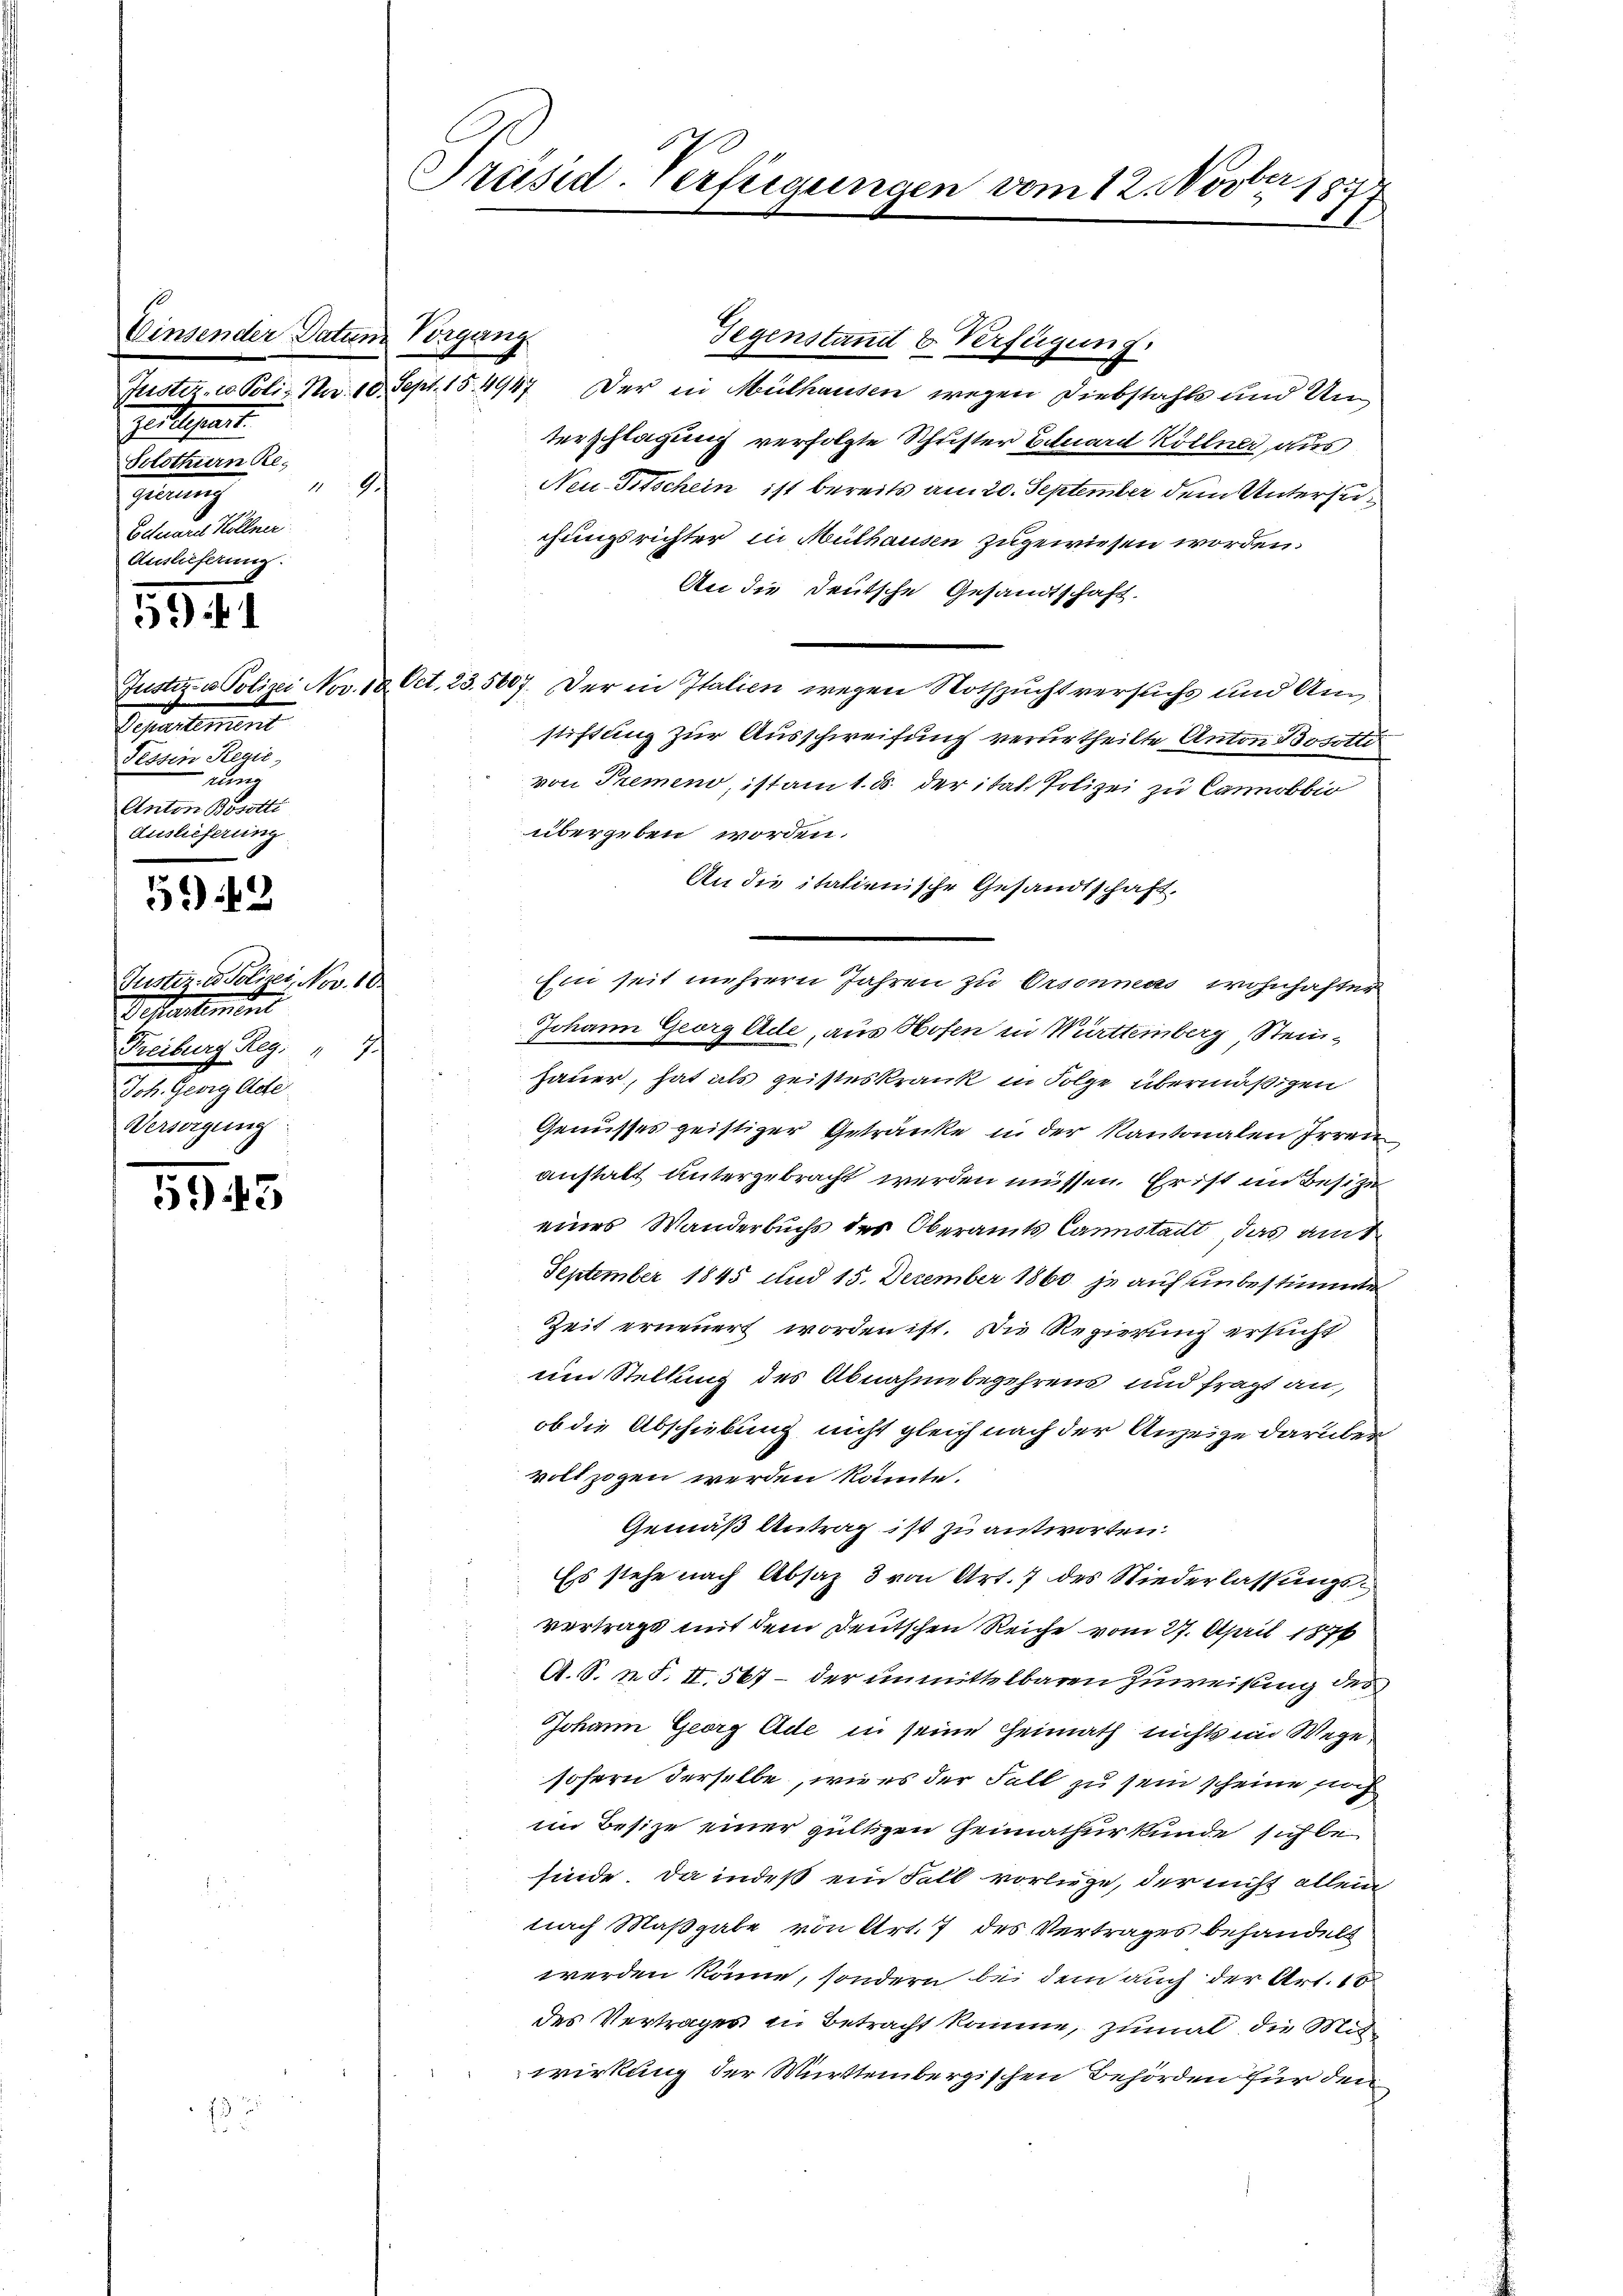
Einsender Datum Vorgang
geldlichen.
Solothurn Re¬
A
Heng
Eduard Köllner
Auslieferung.

59. 11

Salement
Tessin Regie
run
Anton Bosotti
Auslieferung

542

Justiz - Polizei, Nov. 10.
Giftartement
Freiburg Reg. 17.
Joh. Georg Acte
Versorgung:

5945

Präsid. Verfügungen vom 12. Nov. 1877

Gegenstandt & Verfügung.
Justiz- u. Poliz Na. 10. Sept. 15. 4947. Der in Mülhausen wegen Diebstahls und Unterschlagung verfolgte Schrister Eduard Köllner aus
Neu. Titschein ist bereits am 20. September dem Untersu
chungsrichter in Mülhausen zugewiesen worden.
An die Deutsche Gesandtschaft.
Justiz- u Polizei Nov. 10. Oct. 23. 5007. Der in Italien wegen Nothzucht versuchs und Anstiftung zur Ausschweifung verurtheilte Anton Bosotto
von Premen, ist am 1. d. der ital, Polizei zu Canobbio
übergeben worden.
An die italienische Gesandtschaft.
din veranten seiner keinen weiteren
Johann Georg Ade, aus Hofen in Württemberg, Steinhauer, hat als geisteskrank in Folge übermäßigen
Genusses geistiger Getränke in der Kantonalen Irren
anstalt untergebracht werden müssen. Er ist in Besize
eines Wanderbuchs des Oberamts Canstallt, das amt
September 1845 und 15. Dezember 1860 je auf unbestimmte
Zeit erneuert worden ist. Die Regierung ersucht
um Stellung des Abnahmebegehrens und fragt an,
ob die Abschiebung nicht gleich nach der Anzeige darüber
vollzogen werden könnte.
Gemäß Antrag ist zu antworten.
Es stehe nach Absatz 3 von Art. 7 des Niederlassungsvertrags mit dem Deutschen Reiche vom 27. April 1876
A. S. I S. II, 567 – der unmittelbaren Zuweisung des
Johann Georg Ade in seine Heimath nichts im Wege
sofern derselbe, wie es der Fall zu sein scheine noch
im Besize einer gültigen Geinaturkunde sich befinde. Da indeß ein Fall vorliege, der nicht allein
nach Maßgabe von Art. 7 des Vertrages behandelt
werden könne, sondern bei dem auch der Art. 15
des Vertrages in Betracht komme, zumal die Mitwirkung der Württembergischen Behörden für den